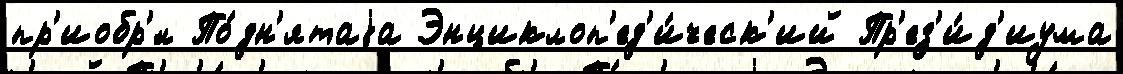
пр'иобр'́л По́дн'ятаjа Энциклоп'ед'и́ческ'ий Пр'ез'и́д'иума